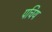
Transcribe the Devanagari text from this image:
पचिय